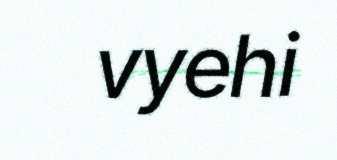
vyehi